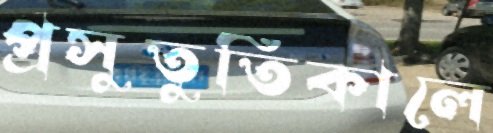
প্রসুতুতিকালে